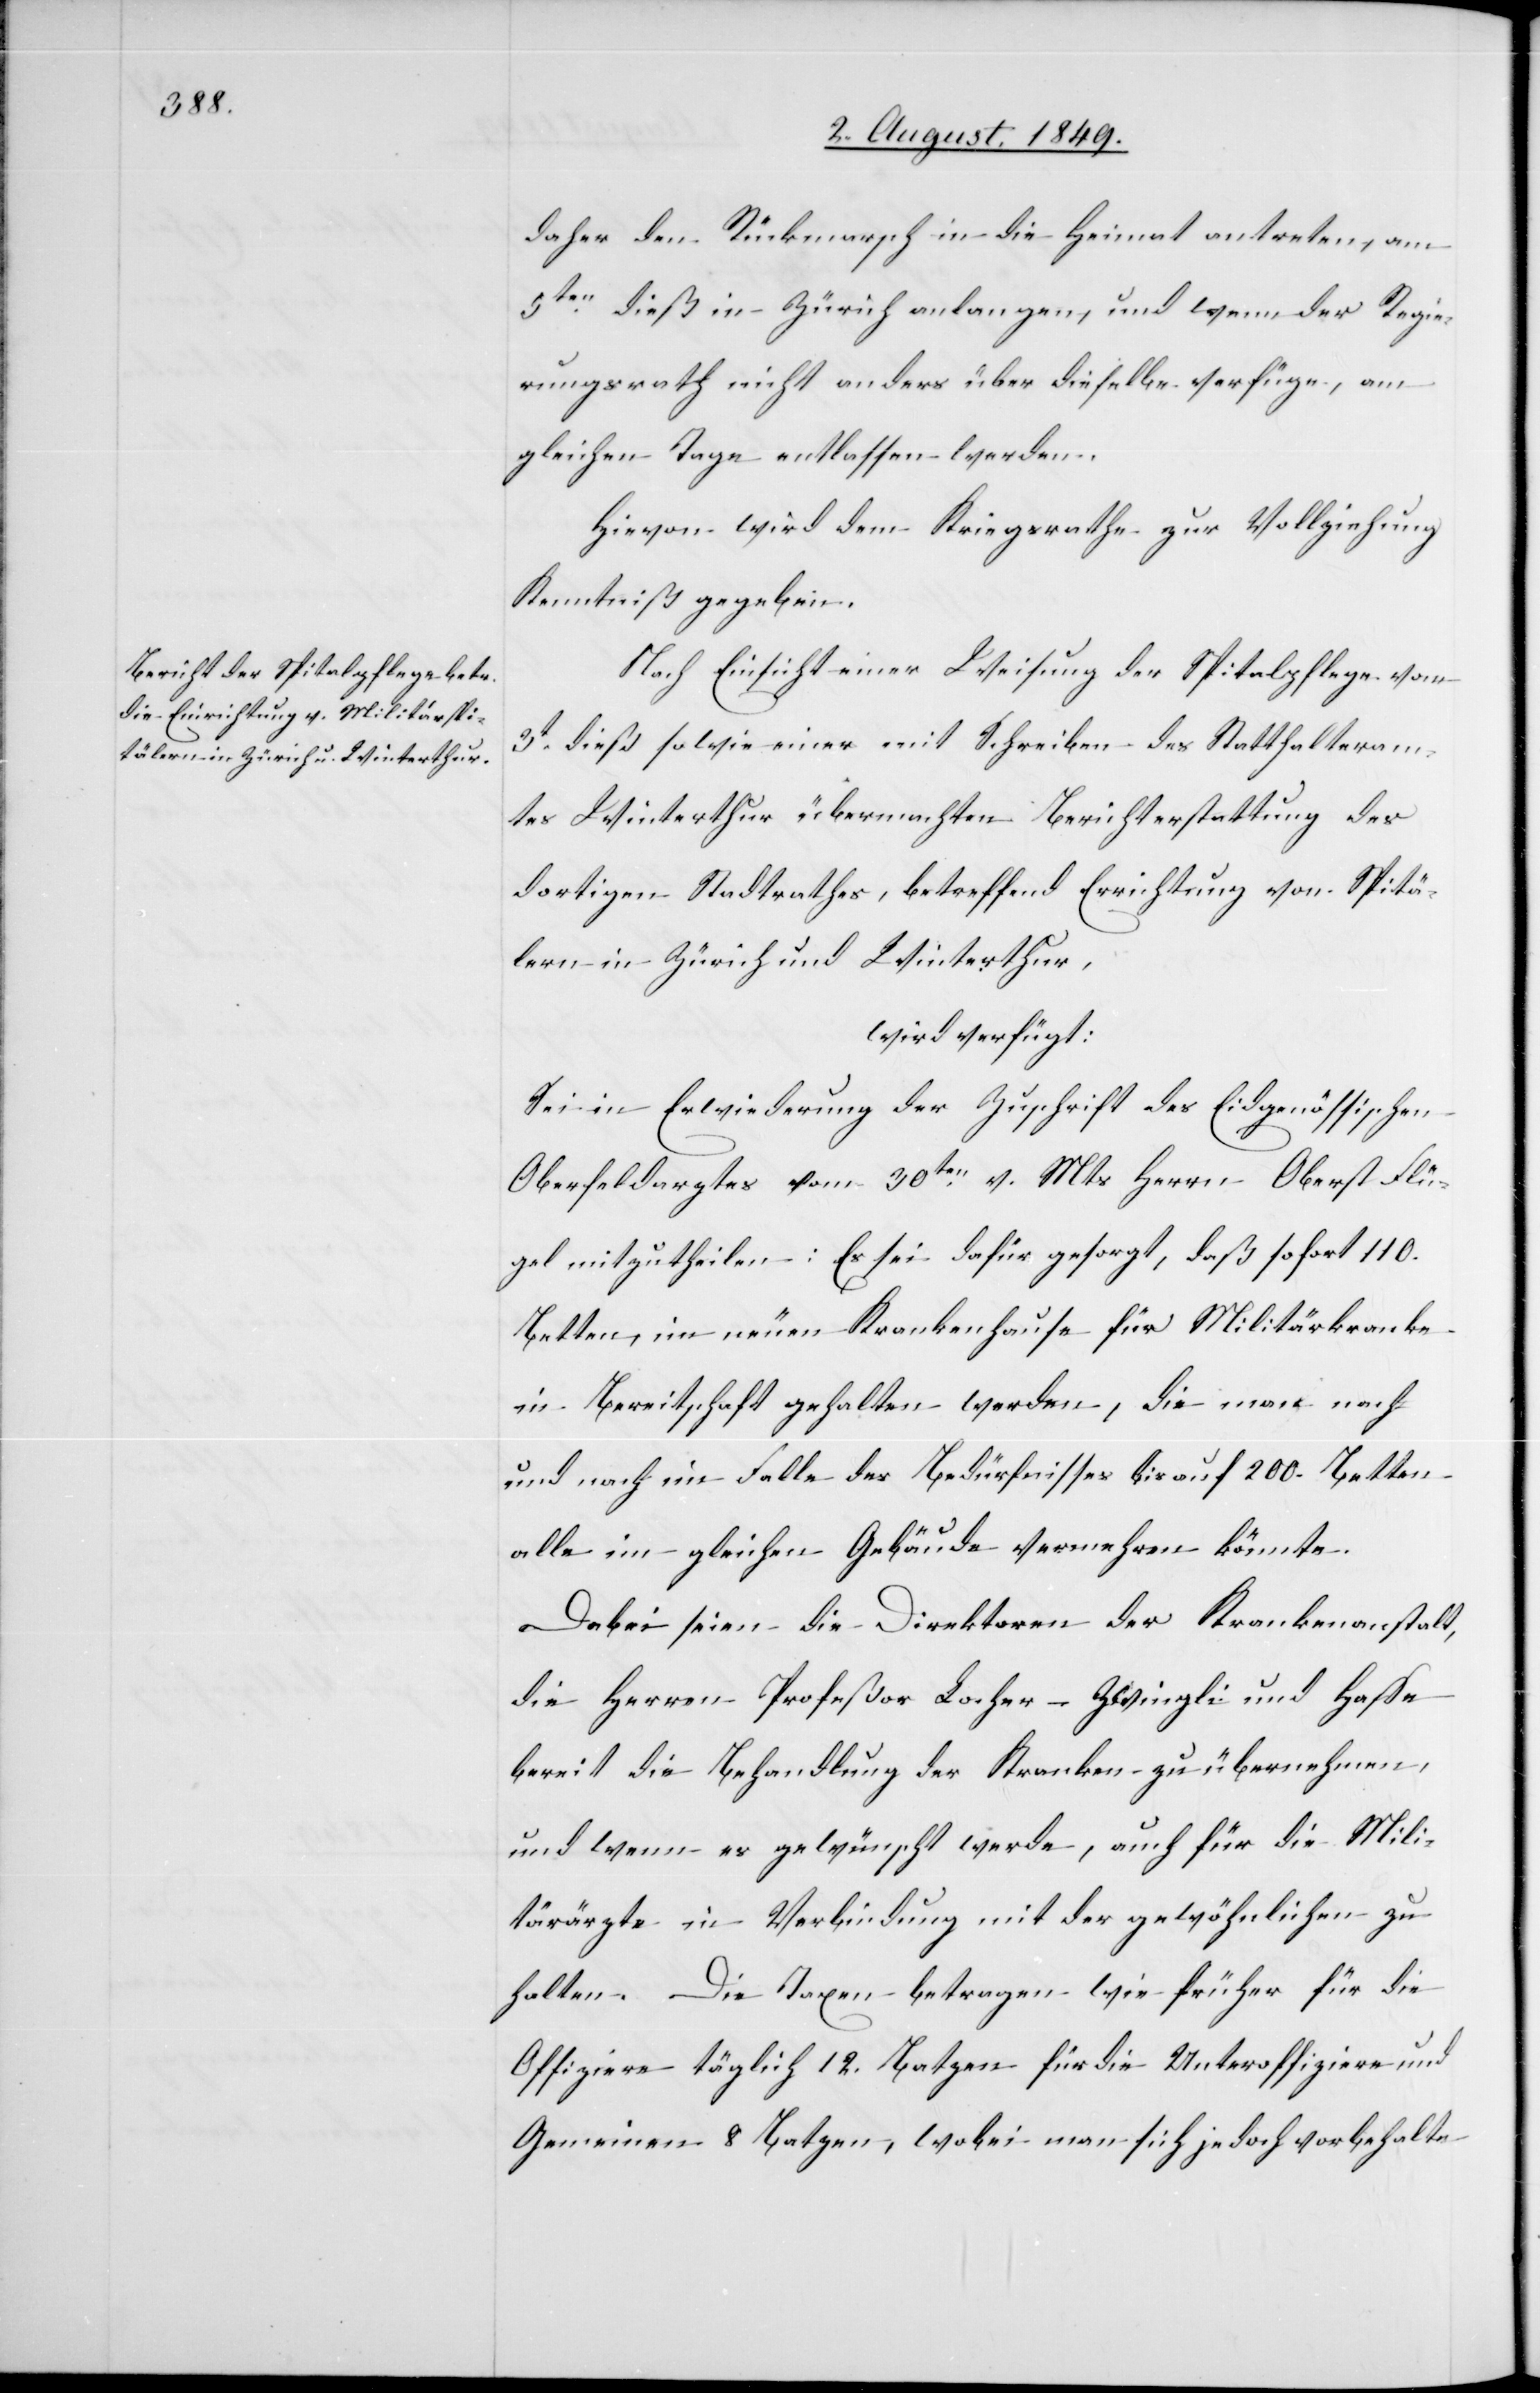
4. August 1849.]
daher den Rückmarsch in die Heimat antreten, am
5ten dieß in Zürich anlangen, und wenn der Regie¬
rungsrath nicht anders über dieselbe verfüge, am
gleichen Tage entlassen werden.
Hievon wird dem Kriegsrathe zur Vollziehung
Kenntniß gegeben.
Nach Einsicht einer Weisung der Spitalpflege vom
3t dieß sowie einer mit Schreiben des Statthalteram¬
tes Winterthur übermachten Berichterstattung des
dortigen Stadtrathes, betreffend Errichtung von Spitä¬
lern in Zürich und Winterthur,
wird verfügt:
Sei in Erwiederung der Zuschrift des Eidgenössischen
Oberfeldarztes vom 30ten v. Mts. Herrn Oberst Flü¬
gel mitzutheilen. Es sei dafür gesorgt, daß sofort 110.
Betten, im neuen Krankenhause für Militärkranke
in Bereitschaft gehalten werden, die man nach
und nach im Falle des Bedürfnisses bis auf 200. Betten
alle im gleichen Gebäude vermehren könnte.
Dabei seien die Direktoren der Krankenanstalt,
die Herren Profeßor Locher-Zwingli und Haspe
bereit die Behandlung der Kranken zu übernehmen,
und wenn es gewünscht werde, auch für die Mili¬
tärärzte in Verbindung mit der gewöhnlichen zu
halten. Die Taxen betragen wie früher für die
Offiziere täglich 12. Batzen für die Unteroffiziere und
Gemeinen 8. Batzen, wobei man sich jedoch vorbehalte